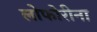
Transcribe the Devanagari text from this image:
लोफोरीना